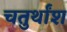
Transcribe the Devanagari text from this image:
चतुर्थाँश